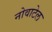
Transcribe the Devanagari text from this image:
नोवाटेल